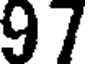
97